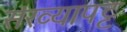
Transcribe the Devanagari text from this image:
संख्यापट्ट